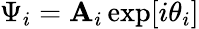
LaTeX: \Psi_{i}=\mathbf{A}_{i}\exp[i\theta_{i}]